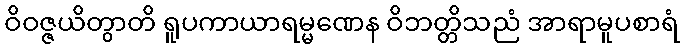
ဝိဝဇ္ဇယိတွာတိ ရူပကာယာရမ္မဏေန ဝိဘတ္တိသညံ အာရာမူပစာရံ